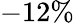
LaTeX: -12\%